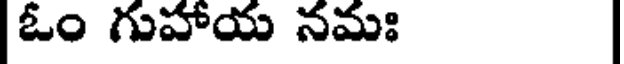
ఓం గుహాయ నమః